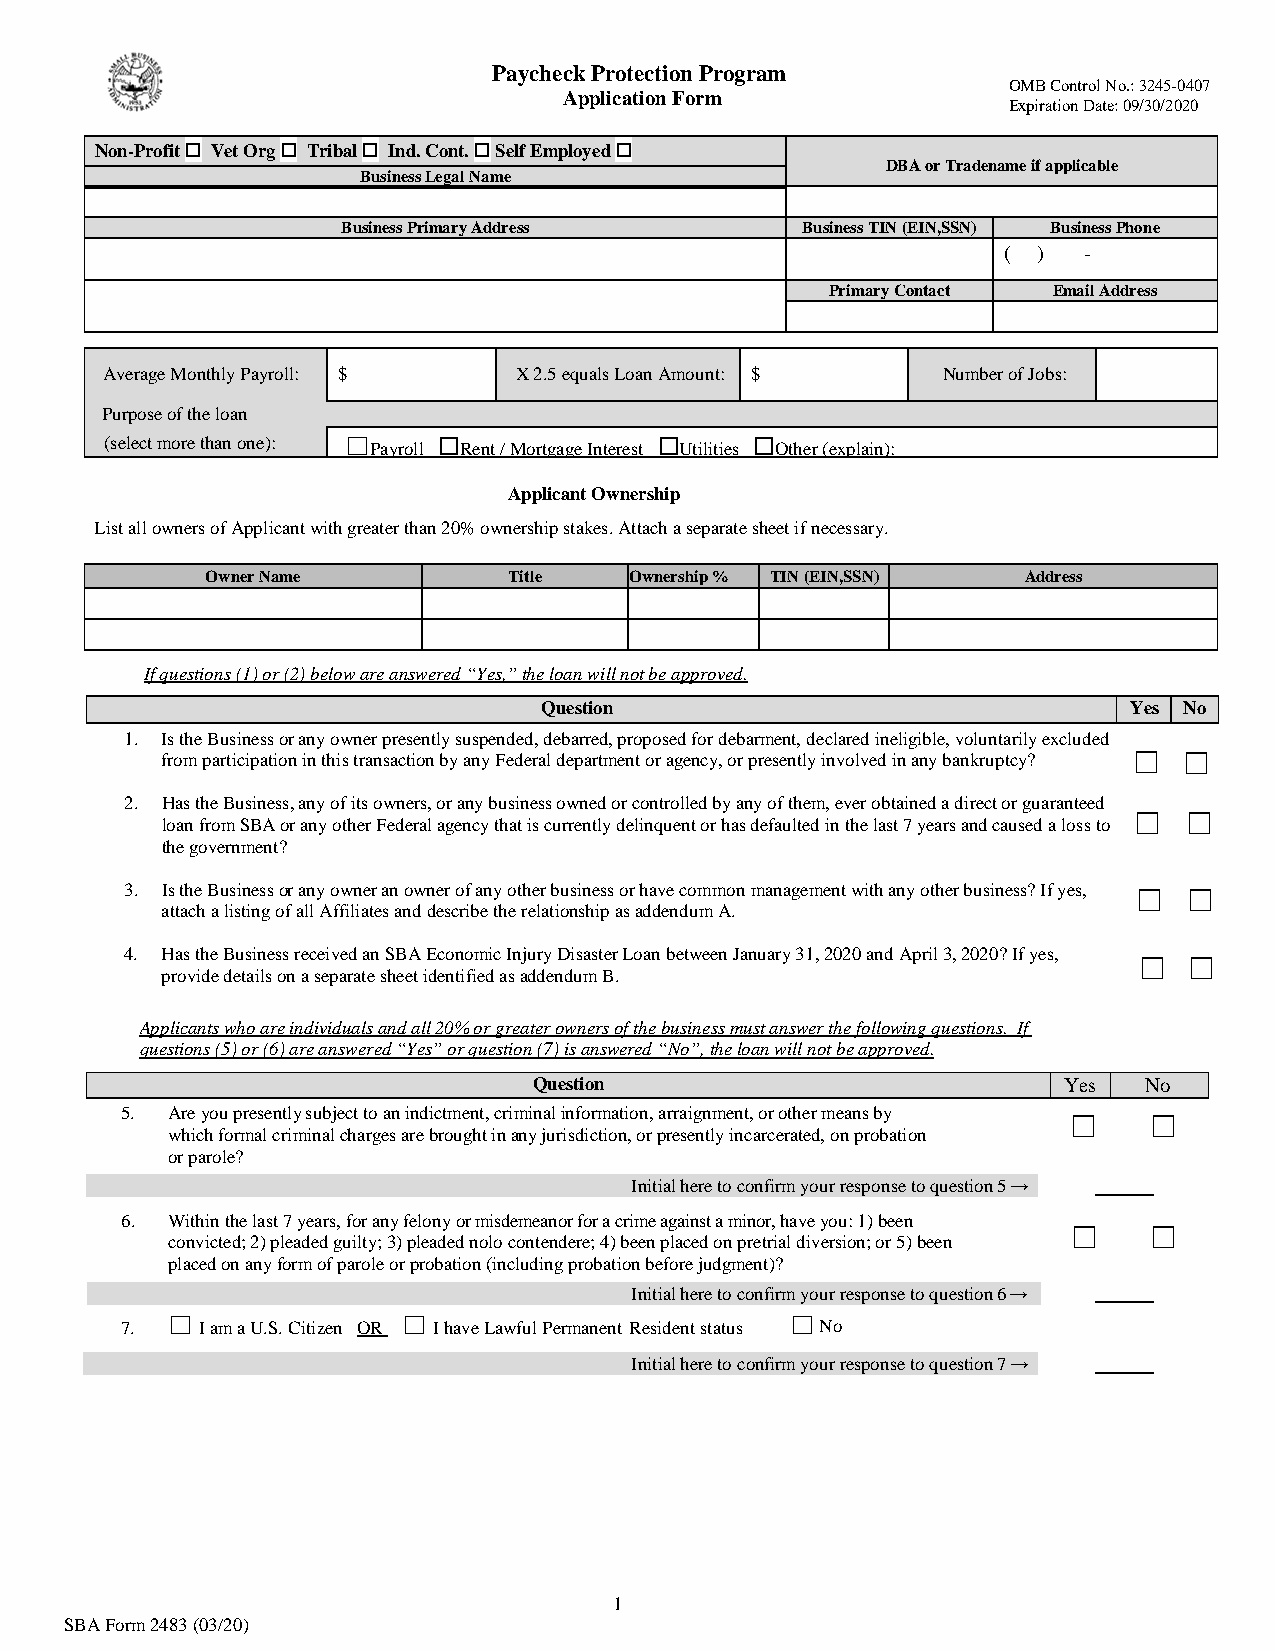
Paycheck Protection Program
 OMB Control No.: 3245-0407
 Application Form
 Expiration Date: 09/30/2020
 Non-Profit
 ☐
 Vet Org
 ☐
 Tribal
 ☐
 Ind. C(ont .
 ☐
 Sel f Employed
 ☐
 DBA or Tradename if applicable
 Business Legal Name
 Business Primary Address      Business TIN (EIN,SSN) Business Phone
 (  )  -
 Primary Contact Email Address
 Average Monthly Payroll: $ X 2.5 equals Loan Amount: $ Number of Jobs:
 Purpose of the loan
 (select more than one): ☐ Payroll Rent / Mortgage Interest Utilities Other (explain):
 ☐              ☐     ☐
 Applicant Ownership
 List all owners of Applicant with greater than 20% ownership stakes. Attach a separate sheet if necessary.
 Owner Name          Title   Ownership % TIN (EIN,SSN) Address
 If questions (1) or (2) below are answered “Yes,” the loan will not be approved.
 Question                               Yes No
 1. Is the Business or any owner presently suspended, debarred, proposed for debarment, declared ineligible, voluntarily excluded
 from participation in this transaction by any Federal department or agency, or presently involved in any bankruptcy? ☐ ☐
 2. Has the Business, any of its owners, or any business owned or controlled by any of them, ever obtained a direct or guaranteed
 ☐  ☐
 loan from SBA or any other Federal agency that is currently delinquent or has defaulted in the last 7 years and caused a loss to
 the government?
 3. Is the Business or any owner an owner of any other business or have common management with any other business? If yes, ☐ ☐
 attach a listing of all Affiliates and describe the relationship as addendum A.
 4. Has the Business received an SBA Economic Injury Disaster Loan between January 31, 2020 and April 3, 2020? If yes, ☐ ☐
 provide details on a separate sheet identified as addendum B.
 Applicants who are individuals and all 20% or greater owners of the business must answer the following questions. If
 questions (5) or (6) are answered “Yes” or question (7) is answered “No”, the loan will not be approved.
 Question                           Yes   No
 5. Are you presently subject to an indictment, criminal information, arraignment, or other means by ☐ ☐
 which formal criminal charges are brought in any jurisdiction, or presently incarcerated, on probation
 or parole?
 Initial here to confirm your response to question 5 →
 6. Within the last 7 years, for any felony or misdemeanor for a crime against a minor, have you: 1) been
 ☐    ☐
 convicted; 2) pleaded guilty; 3) pleaded nolo contendere; 4) been placed on pretrial diversion; or 5) been
 placed on any form of parole or probation (including probation before judgment)?
 Initial here to confirm your response to question 6 →
 7.
 ☐
 I am a U.S. Citizen OR
 ☐
 I have Lawful Permanent Resident status
 ☐
 No
 Initial here to confirm your response to question 7 →
 1
 SBA Form 2483 (03/20)